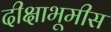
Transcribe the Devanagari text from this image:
दीक्षाभूमीस